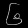
Digit: ၆